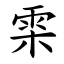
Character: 雬